On kala azar, malaria and malarial cachexia - Number 19
Disease focus: Malaria
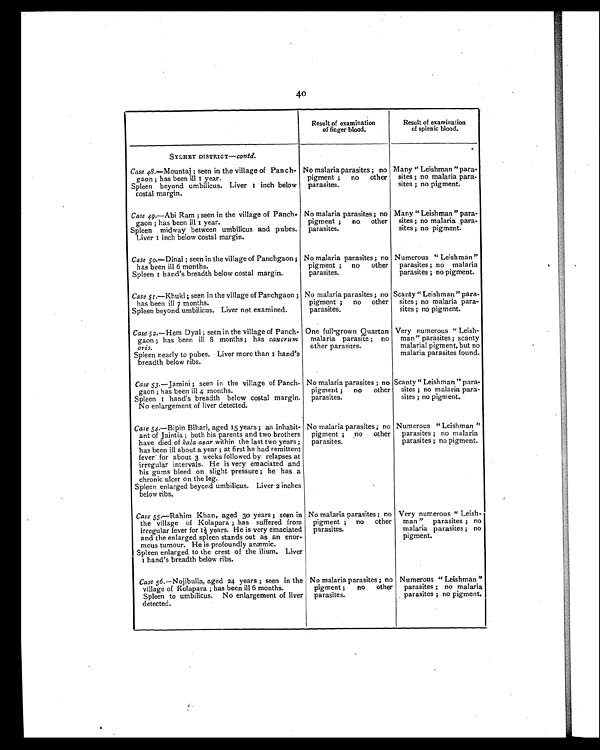
40
Result of examination
of finger blood,
Result of examination
of splenic blood.
SYLHET DISTRICT—contd.
No malaria parasites ; no
pigment ; no other
parasites.
Many " Leishman " para-
sites ; no malaria para -
sites ; no pigment.
Case 48.—Mountaj ; seen in the village of Panch-
gaon ; has been ill 1 year.
Spleen beyond umbilicus. Liver 1 inch below
costal margin.
Case 49 .—Abi Ram ; seen in the village of Panch-
gaon ; has been ill 1 year.
Spleen midway between umbilicus and pubes.
Liver 1 inch below costal margin.
No malaria parasites ; no
pigment ; no other
parasites.
Many " Leishman " para-
sites ; no malaria para-
sites ; no pigment.
Case 50.—Dinai ; seen in the village of Panchgaon ;
has been ill 6 months.
Spleen 1 hand's breadth below costal margin.
No malaria parasites ; no
pigment ; no other
parasites.
Numerous " Leishman "
parasites ; no malaria
parasites ; no pigment.
Case 51.—Khuki ; seen in the village of Panchgaon ;
has been ill 7 months.
Spleen beyond umbilicus. Liver not examined.
No malaria parasites ; no
pigment ; no other
parasites.
Scanty " Leishman" para-
sites ; no malaria para-
sites ; no pigment.
Case 52.—Hem Dyal ; seen in the village of Panch-
gaon ; has been ill 8 months ; has cancrurm
oris.
Spleen nearly to pubes. Liver more than 1 hand's
breadth below ribs.
One full-grown Quartan
malaria parasite ; no
other parasites.
Very numerous " Leish-
man" parasites ; scanty
malarial pigment, but no
malaria parasites found.
Case 53.— Jamini ; seen in the village of Panch-
gaon ; has been ill 4 months.
Spleen 1 hand's breadth below costal margin.
No enlargement of liver detected.
No malaria parasites ; no
pigment ; no other
parasites.
Scanty" Leishman " para-
sites ; no malaria para-
sites ; no pigment.
Case 54.—Bipin Bihari, aged 15 years ; an inhabit-
ant of Jaintia ; both hisp a r e n t s a n d t w o b r o t h e r s
have died of kala azar within the last two years ;
has been ill about a year ; at first he had remittent
fever for about 3 weeks followed by relapses at
irregular intervals. He is very emaciated and
his gums bleed on slight pressure ; he has a
chronic ulcer on the leg.
Spleen enlarged beyond umbilicus. Liver 2 inches
below ribs.
No malaria parasites ; no
pigment ; no other
parasites.
Numerous " Leishman "
parasites ; no malaria
parasites ; no pigment.
Case 55.—Rahim Khan, aged 30 years ; seen in
the village of Kolapara ; has suffered from
irregular fever for 1½ years. He is very emaciated
and the enlarged spleen stands out as an enor-
mous tumour. He is profoundly anæmic.
Spleen enlarged to the crest of the ilium. Liver
1 hand's breadth below ribs.
No malaria parasites ; no
pigment ; no other
parasites.
Very numerous " Leish-
man " parasites ; no
malaria parasites ; no
pigment.
Case 56.—Nojibulla, aged 24 years ; seen in the
village of Kolapara ; has been ill 6 months.
Spleen to umbilicus. No enlargement of liver
detected.
No malaria parasites ; no
pigment ; no other
parasites.
Numerous " Leishman "
parasites ; no malaria
parasites ; no pigment .